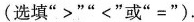
(选填”>””<”或”=”).